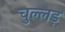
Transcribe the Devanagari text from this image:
चुल्लड़